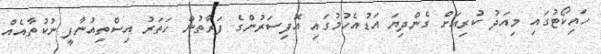
ހައިކޯޓުގައި މިއަދު ކުރިއަށް ގެންދިޔަ އަޑުއެހުމުގައި އޮފިސަރުންގެ ފަރާތުން ހަތަރު އިސްތިއުނާފީ ނުކުތާއެއް